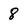
Character: 8